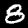
Label: 8